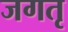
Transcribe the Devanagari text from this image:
जगतृ